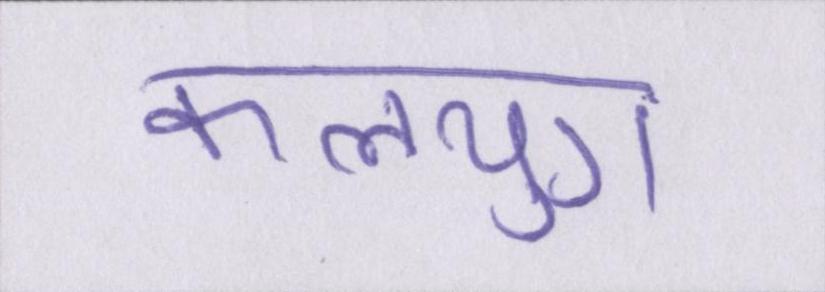
कलयुग